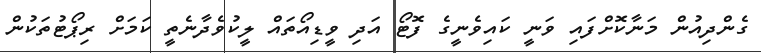
ގެންދިއުން މަނާކޮށްފައި ވަނީ ކައިވެނީގެ ފޮޓޯ އަދި ވީޑިއޯތައް ލީކުވެދާނެތީ ކަމަށް ރިޕޯޓުތަކުން